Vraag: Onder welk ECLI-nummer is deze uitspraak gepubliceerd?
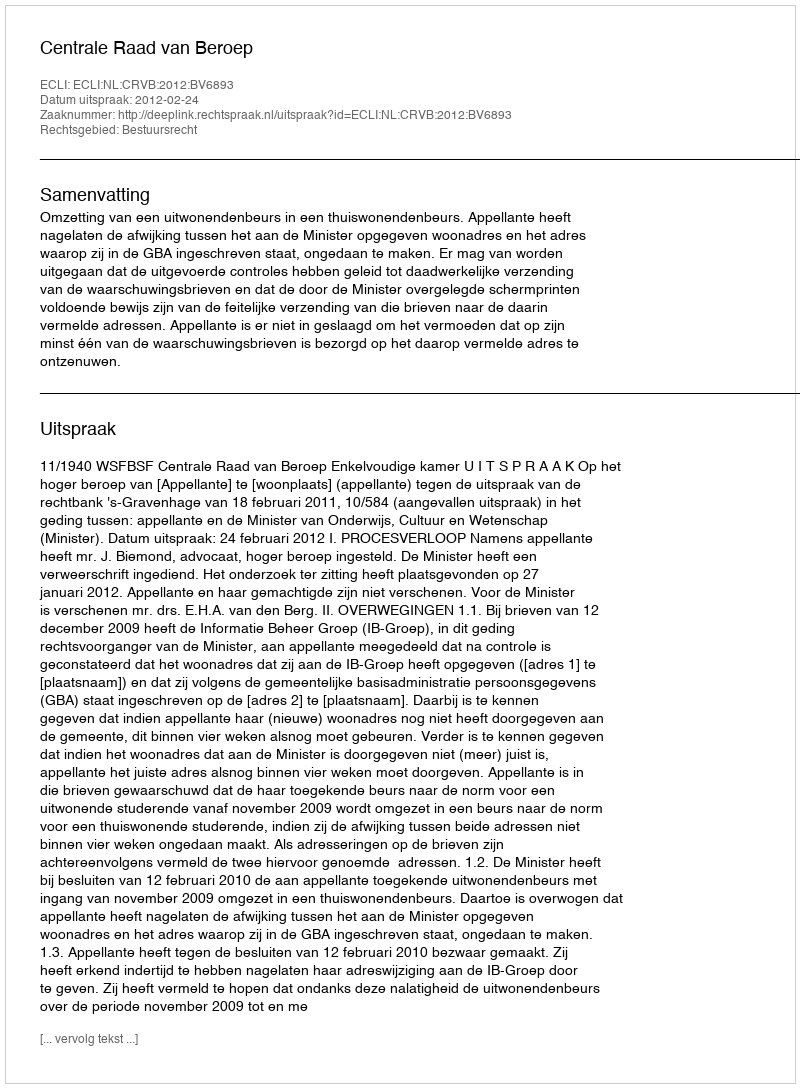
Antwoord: ECLI:NL:CRVB:2012:BV6893